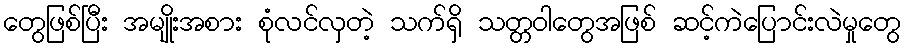
တွေဖြစ်ပြီး အမျိုးအစား စုံလင်လှတဲ့ သက်ရှိ သတ္တဝါတွေအဖြစ် ဆင့်ကဲပြောင်းလဲမှုတွေ